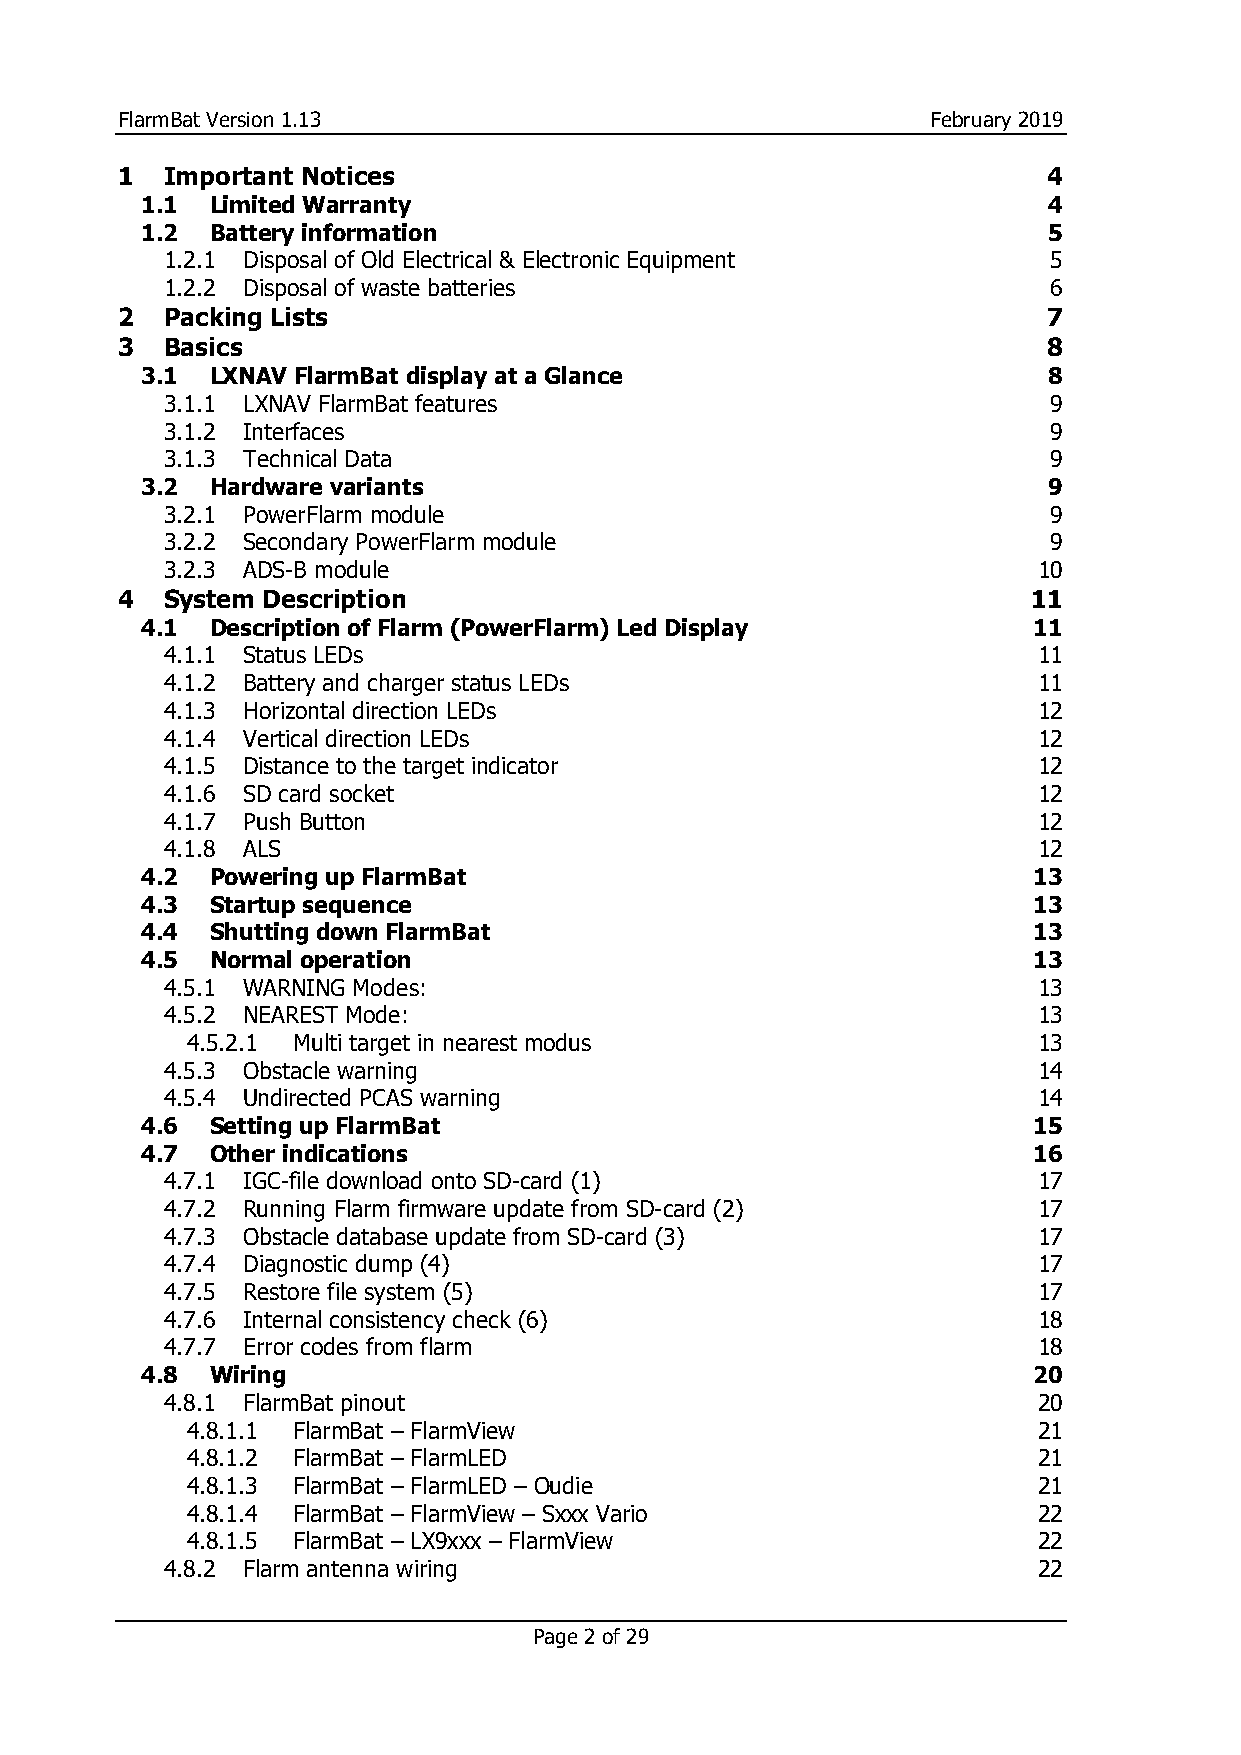
FlarmBat Version 1.13                                 February 2019
 1  Important Notices                                         4
 1.1  Limited Warranty                                       4
 1.2  Battery information                                    5
 1.2.1 Disposal of Old Electrical & Electronic Equipment   5
 1.2.2 Disposal of waste batteries                         6
 2  Packing Lists                                             7
 3  Basics                                                    8
 3.1  LXNAV FlarmBat display at a Glance                     8
 3.1.1 LXNAV FlarmBat features                             9
 3.1.2 Interfaces                                          9
 3.1.3 Technical Data                                      9
 3.2  Hardware variants                                      9
 3.2.1 PowerFlarm module                                   9
 3.2.2 Secondary PowerFlarm module                         9
 3.2.3 ADS-B module                                        10
 4  System Description                                       11
 4.1  Description of Flarm (PowerFlarm) Led Display         11
 4.1.1 Status LEDs                                         11
 4.1.2 Battery and charger status LEDs                     11
 4.1.3 Horizontal direction LEDs                           12
 4.1.4 Vertical direction LEDs                             12
 4.1.5 Distance to the target indicator                    12
 4.1.6 SD card socket                                      12
 4.1.7 Push Button                                         12
 4.1.8 ALS                                                 12
 4.2  Powering up FlarmBat                                  13
 4.3  Startup sequence                                      13
 4.4  Shutting down FlarmBat                                13
 4.5  Normal operation                                      13
 4.5.1 WARNING Modes:                                      13
 4.5.2 NEAREST Mode:                                       13
 4.5.2.1 Multi target in nearest modus                    13
 4.5.3 Obstacle warning                                    14
 4.5.4 Undirected PCAS warning                             14
 4.6  Setting up FlarmBat                                   15
 4.7  Other indications                                     16
 4.7.1 IGC-file download onto SD-card (1)                  17
 4.7.2 Running Flarm firmware update from SD-card (2)      17
 4.7.3 Obstacle database update from SD-card (3)           17
 4.7.4 Diagnostic dump (4)                                 17
 4.7.5 Restore file system (5)                             17
 4.7.6 Internal consistency check (6)                      18
 4.7.7 Error codes from flarm                              18
 4.8  Wiring                                                20
 4.8.1 FlarmBat pinout                                     20
 4.8.1.1 FlarmBat – FlarmView                             21
 4.8.1.2 FlarmBat – FlarmLED                              21
 4.8.1.3 FlarmBat – FlarmLED – Oudie                      21
 4.8.1.4 FlarmBat – FlarmView – Sxxx Vario                22
 4.8.1.5 FlarmBat – LX9xxx – FlarmView                    22
 4.8.2 Flarm antenna wiring                                22
 Page 2 of 29